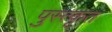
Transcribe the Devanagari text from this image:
पुस्त्कृत